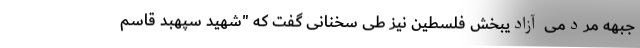
جبهه مردمی آزادیبخش فلسطین نیز طی سخنانی گفت که "شهید سپهبد قاسم